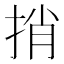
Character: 捎